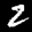
Label: 2